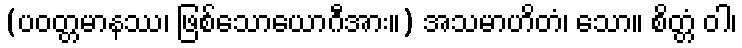
(ပဝတ္တမာနဿ၊ ဖြစ်သောယောဂီအား။) အသမာဟိတံ၊ သော။ စိတ္တံ ဝါ၊